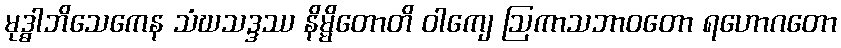
မုဒ္ဓါဘိသေကေန သံဃသဒ္ဒဿ နိမ္မိတောတိ ဝါကျေ ဩကာသဘာဝတော ရဟောဂတော